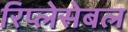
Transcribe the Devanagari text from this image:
रिप्लेसेबल